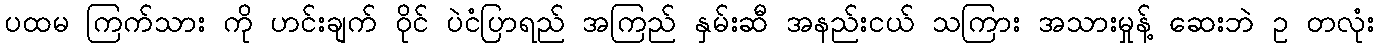
ပထမ ကြက်သား ကို ဟင်းချက် ဝိုင် ပဲငံပြာရည် အကြည် နှမ်းဆီ အနည်းငယ် သကြား အသားမှုန့် ဆေးဘဲ ဥ တလုံး